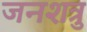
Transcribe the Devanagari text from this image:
जनशत्रु